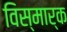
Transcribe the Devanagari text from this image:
विस्मार्क